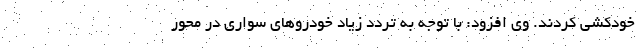
خودکشی کردند. وی افزود: با توجه به تردد زیاد خودروهای سواری در محور